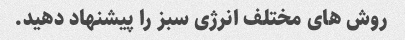
روش های مختلف انرژی سبز را پیشنهاد دهید.